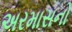
અરમાસનો